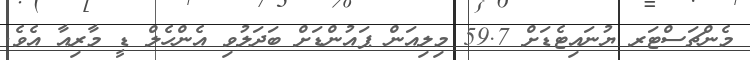
މެންޗަސްޓަރ ޔުނައިޓެޑަށް 59.7 މިލިއަން ޕައުންޑަށް ބަދަލުވި އެންހެލް ޑީ މާރިއާ އެވެ.